Scientific memoirs by medical officers of the Army of India - Part III,
Year: 1887
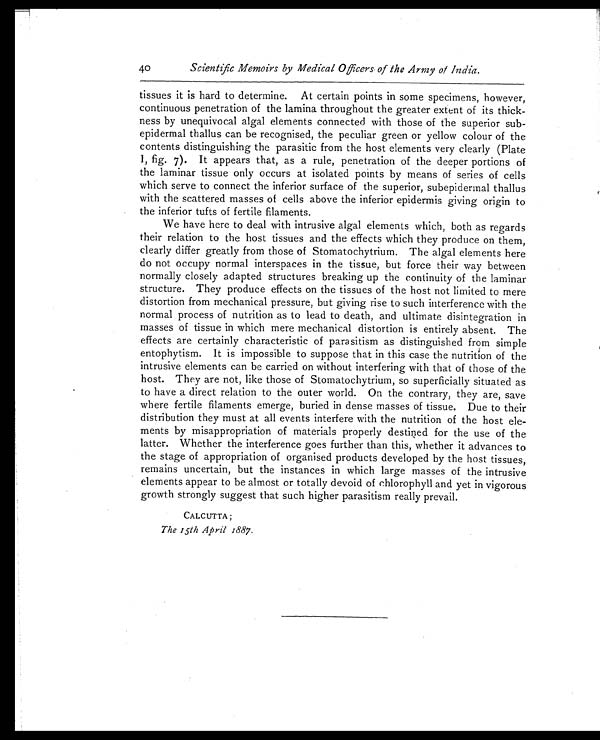
40
Scientific Memoirs by Medical Officers of the Army of India.
tissues it is hard to determine. At certain points in some specimens, however,
continuous penetration of the lamina throughout the greater extent of its thick-
-ness by unequivocal algal elements connected with those of the superior sub-
epidermal thallus can be recognised, the peculiar green or yellow colour of the
contents distinguishing the parasitic from the host elements very clearly (Plate
I, fig. 7). It appears that, as a rule, penetration of the deeper portions of
the laminar tissue only occurs at isolated points by means of series of cells
which serve to connect the inferior surface of the superior, subepidermal thallus
with the scattered masses of cells above the inferior epidermis giving origin to
the inferior tufts of fertile filaments.
We have here to deal with intrusive algal elements which, both as regards
their relation to the host tissues and the effects which they produce on them,
clearly differ greatly from those of Stomatochytrium. The algal elements here
do not occupy normal interspaces in the tissue, but force their way between
normally closely adapted structures breaking up the continuity of the laminar
structure. They produce effects on the tissues of the host not limited to mere
distortion from mechanical pressure, but giving rise to such interference with the
normal process of nutrition as to lead to death, and ultimate disintegration in
masses of tissue in which mere mechanical distortion is entirely absent. The
effects are certainly characteristic of parasitism as distinguished from simple
entophytism. It is impossible to suppose that in this case the nutrition of the
intrusive elements can be carried on without interfering with that of those of the
host. They are not, like those of Stomatochytrium, so superficially situated as
to have a direct relation to the outer world. On the contrary, they are, save
where fertile filaments emerge, buried in dense masses of tissue. Due to their
distribution they must at all events interfere with the nutrition of the host ele
-ments by misappropriation of materials properly destined for the use of the
latter. Whether the interference goes further than this, whether it advances to
the stage of appropriation of organised products developed by the host tissues,
remains uncertain, but the instances in which large masses of the intrusive
elements appear to be almost or totally devoid of chlorophyll and yet in vigorous
growth strongly suggest that such higher parasitism really prevail.
CALCUTTA;
The 15th April 1887.